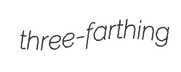
three-farthing